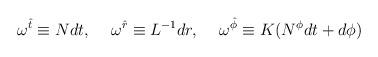
LaTeX: \begin{align*}\omega^{\hat{t}} \equiv Ndt, \hspace{5mm} \omega^{\hat{r}} \equiv L^{-1}dr,\hspace{5mm} \omega^{\hat{\phi}} \equiv K(N^{\phi}dt+d\phi) \end{align*}